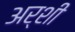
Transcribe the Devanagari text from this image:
अर्शी